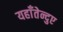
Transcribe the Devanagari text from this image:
यहाँतेन्दुए